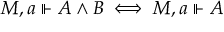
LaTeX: M , a \Vdash A \land B \iff M , a \Vdash A